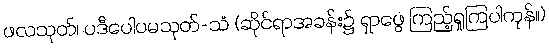
ဖလသုတ်၊ ပဒီပေါပမသုတ်-သံ (ဆိုင်ရာအခန်း၌ ရှာဖွေ ကြည့်ရှုကြပါကုန်။)